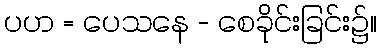
ပဟ = ပေသနေ - စေခိုင်းခြင်း၌။